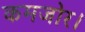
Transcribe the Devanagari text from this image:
कमजोर।